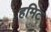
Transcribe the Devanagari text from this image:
हमिट